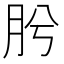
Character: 肹